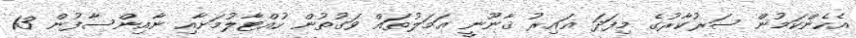
އެހެންކަމުން ސަރުކާރުގެ މިފަދަ ޣައިރު ޤާނޫނީ ޢަމަލުތައް ވަގުތުން ހުއްޓާލުމަށާއި ނާއިންސާފުން 13